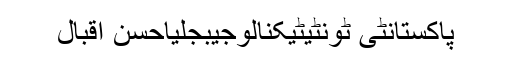
پاکستانٹی ٹونٹیٹیکنالوجیبجلیاحسن اقبال